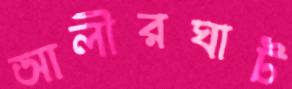
আলীরঘাট